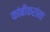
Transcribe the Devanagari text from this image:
कांबीकरांना